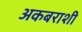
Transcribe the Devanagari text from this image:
अकबराशी